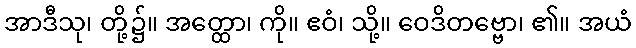
အာဒီသု၊ တို့၌။ အတ္ထော၊ ကို။ ဧဝံ၊ သို့။ ဝေဒိတဗ္ဗော၊ ၏။ အယံ